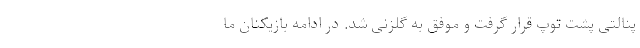
پنالتی پشت توپ قرار گرفت و موفق به گلزنی شد. در ادامه بازیکنان ما